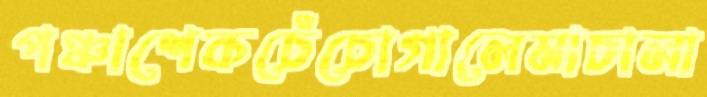
পঞ্চাশেকচেঁচোগালেমাচালা